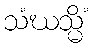
သံဃသ္မိံ